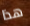
هذا